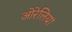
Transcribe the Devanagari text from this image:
ओरेलियां